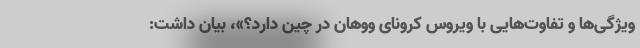
ویژگی‌ها و تفاوت‌هایی با ویروس کرونای ووهان در چین دارد؟»، بیان داشت: